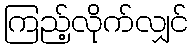
ကြည့်လိုက်လျှင်